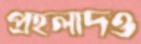
প্রহলাদও